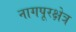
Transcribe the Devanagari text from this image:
नागपूरक्षेत्र